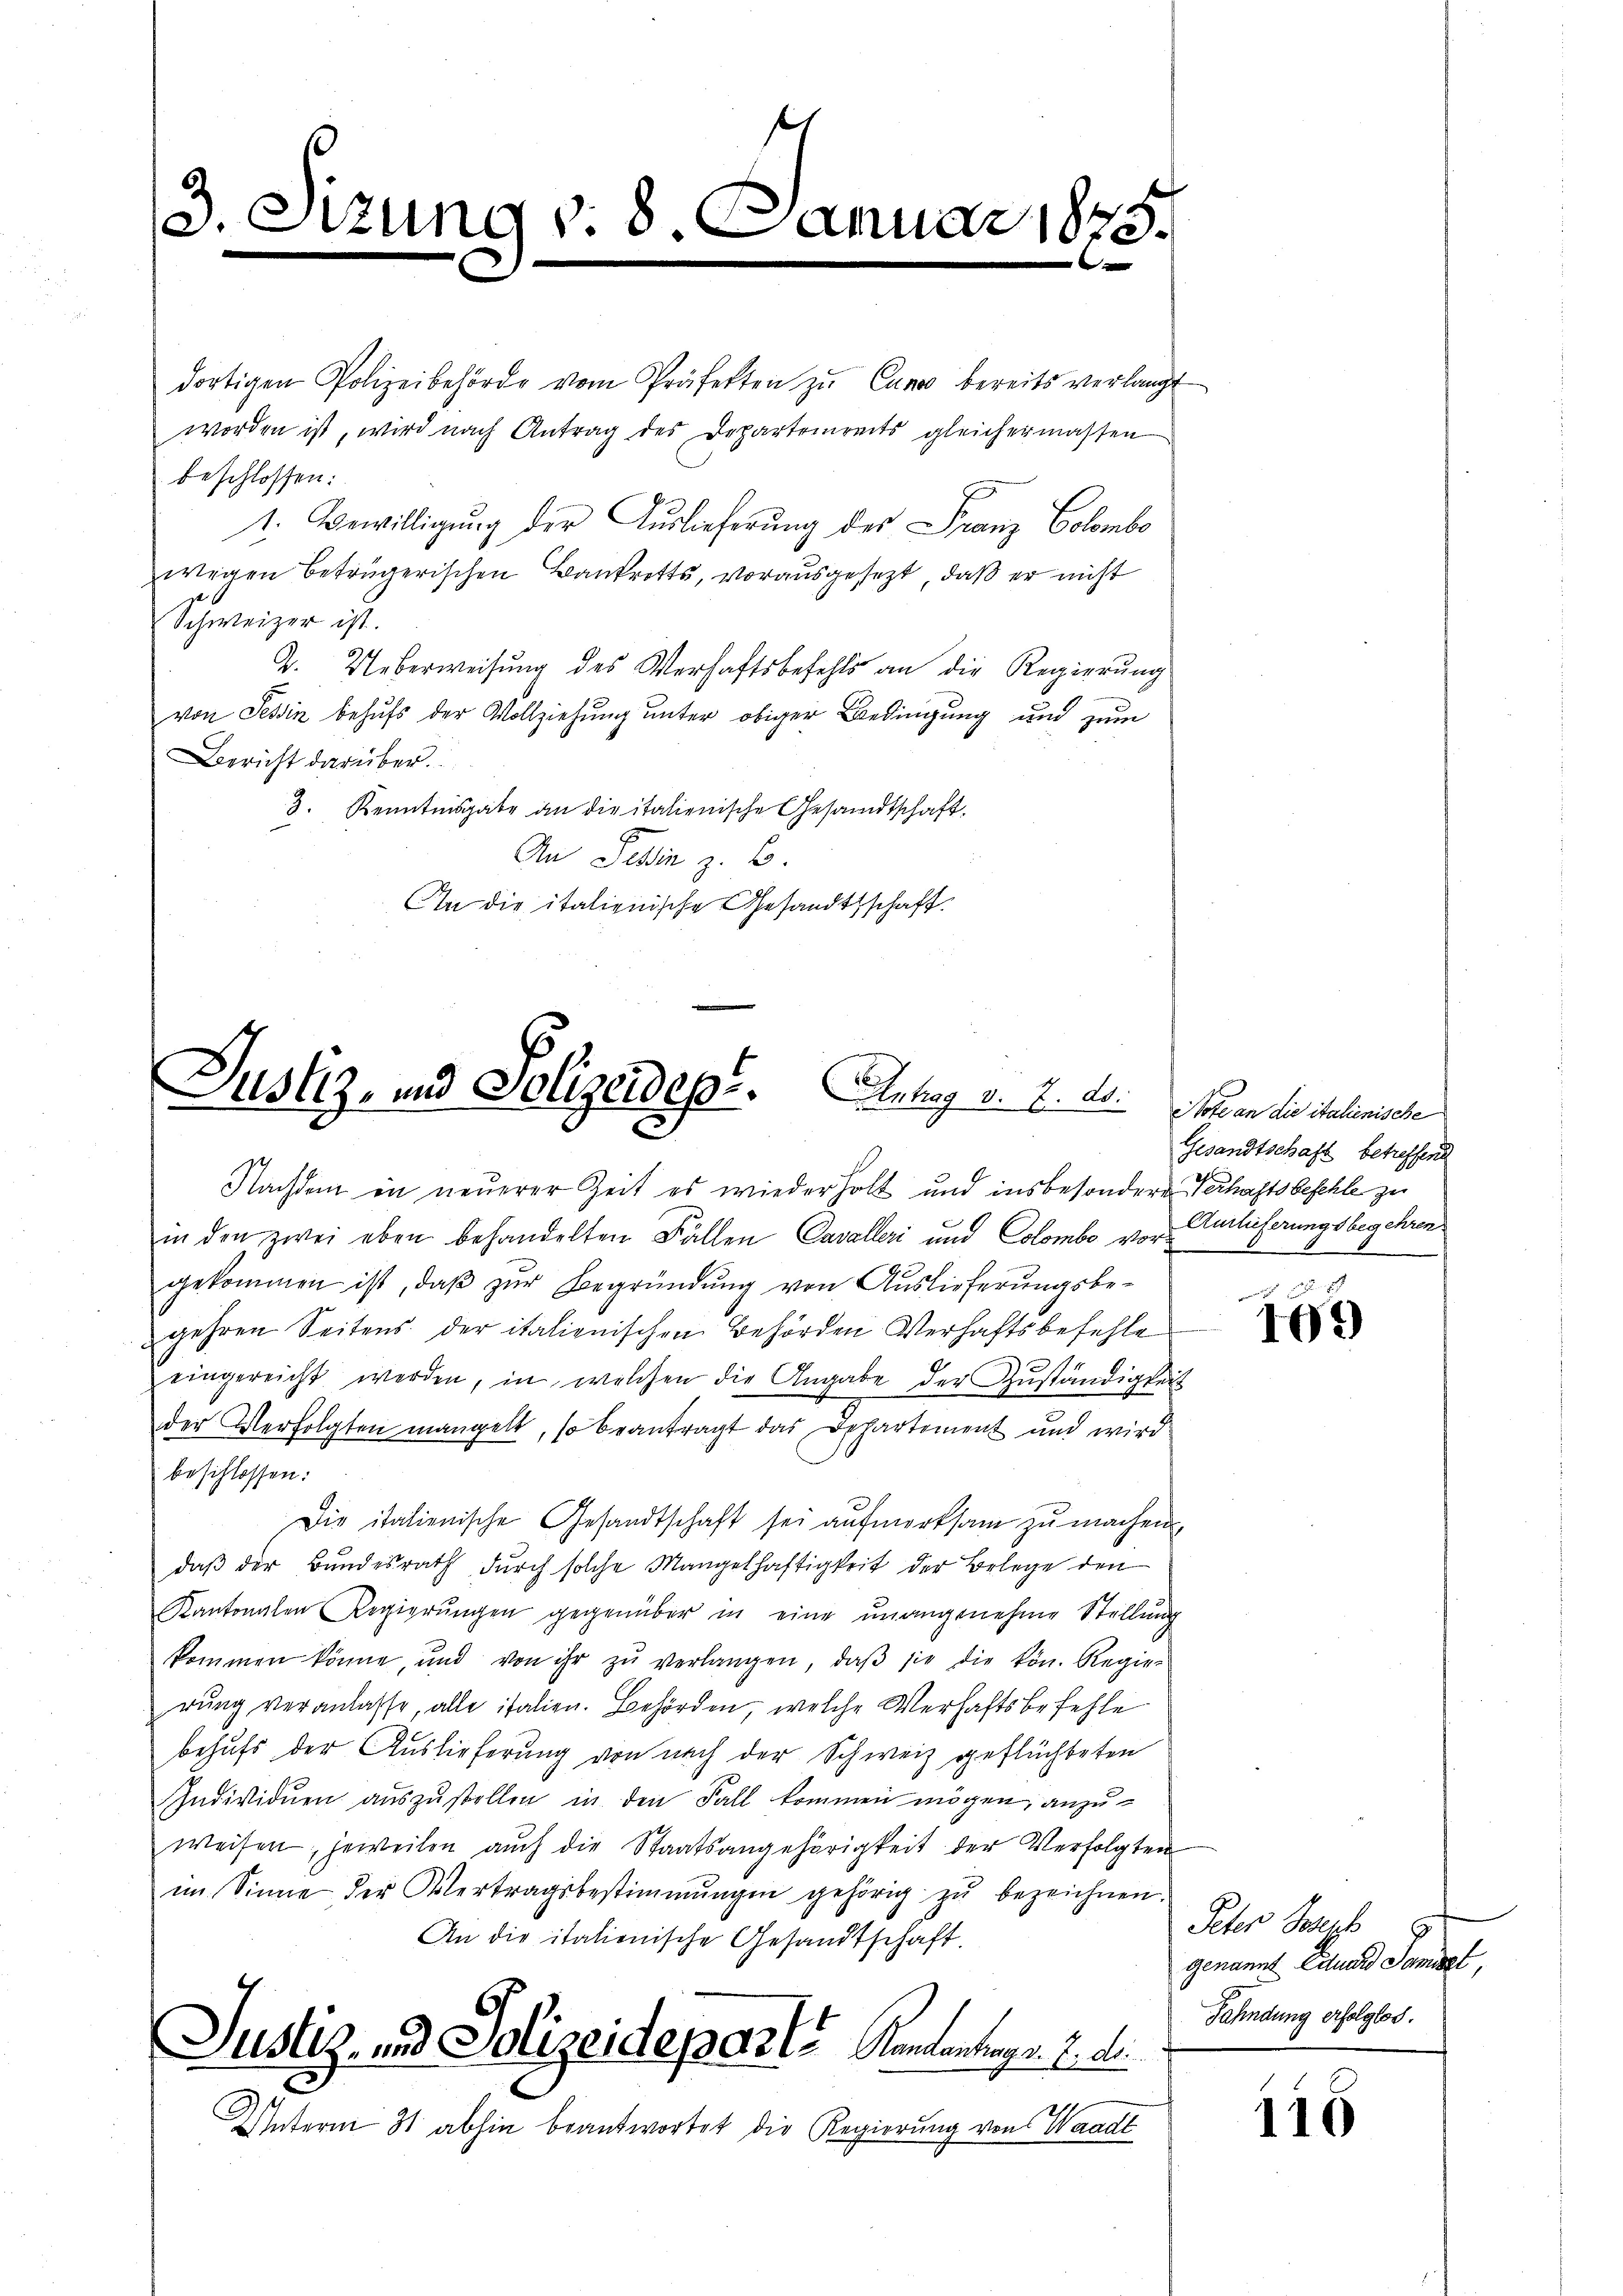
3. S

dortigen Polizeibehörde vom Präfekten zŭ Cano bereits verlangt
worden ist, wird nach Antrag des Departeireits gleichermassen
beschlossen:
1. Bewilligŭng der Auslieferung des Franz Colombe
wegen betrügerischen Bankrotts, vorausgesezt, daß er nicht
Schweizer ist.
T. Ueberweisung des Verhaftsbefehls an die Regierŭng
von Tessin behufs der Vollziehung unter obiger Bedingung und zum
Bericht darüber
3. Kenntnisgabe an die italienische Gesandtschaft.
An Dein z. B.
An die italienische Gesandtschaft.

e
Justiz- und Polizeidep. Antrag v. J. ad.   Jovan die italienische

zung v. 8. Januar 1825.
e

Nachdem in neuerer Zeit es wiederholt und insbesondere Verhaftsbeschle zu
in den zwei eben behandelten Fällen Cavalleri und Colombe vorgekommen ist, daß zur Begründung von Auslieferungsbe-
gehren Seitens der italienischen Behörden Verhaftsbefehle
3
eingereicht werden, in welchen die Angabe der Zuständigkeit
der Verfolgten mangelt, so beantragt das Departement und wird
beschlossen:
Die italienische Gesandtschaft sei aŭfmerksam zu machen,
daß der Bundesrath durch solche Mangelhaftigkeit der Belege den
Kantonalen Regierŭngen gegenüber in eine unangenehme Stellung
kommen könne, und von ihr zŭ verlangen, daβ sie die kön. Regier
rŭng veranlasse, alle italien. Behörden, welche Verhaftsbefehle
behufs der Auslieferung von nach der Schweiz geflüchteten
Individuen auszustellen in den Fall kommen mögen, anzuweisen, jeweilen auch die Staatsangehörigkeit der Verfolgten
im Sinne der Vertragsbestimmungen gehörig zŭ bezeichnen.
An die italienische Gesandtschaft.
Justiz- und Polizeideparte Mandantrags d. d.
Unterm 31 abhin beantwortet die Regierung von Waadt

Gesandtschaft betreffend
Auslieferungsbegehren.

u
409

Peter Joseph
genannt Liture Sammset,
Fahndung erfolglos.

115